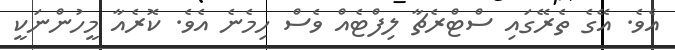
އެވެ. އޭގެ ތެރޭގައި ސްޓްރެޗާ ލިފްޓެއް ވެސް ހިމެނެ އެވެ. ކޮރެއާ މީހުންނަކީ